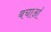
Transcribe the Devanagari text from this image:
बचाआ॓